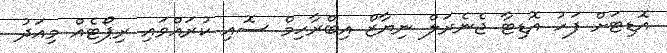
އޮޑިޓަށް ފަހު އޮޑިޓާ ޖެނެރަލް ނިޔާޒް އިބްރާހިމް ސޮއި ކުރައްވައި ރިޕޯޓެއް މިއަދު